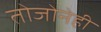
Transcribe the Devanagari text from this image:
तोजोनेही